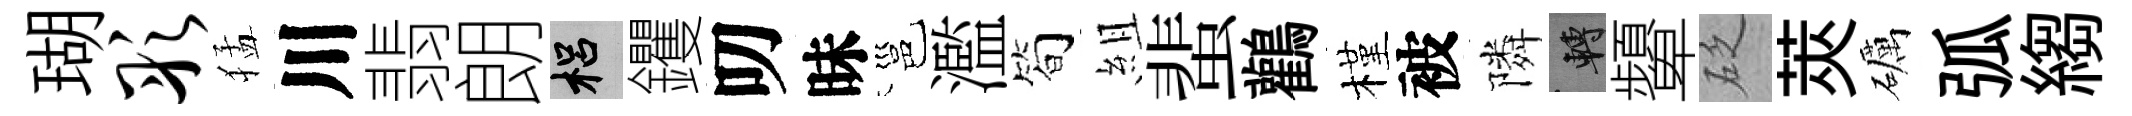
瑚彤猛川翡朗梠钁叨昧邕濫简組蜚鸛槿被隣轉顰砭莢礪弧縐